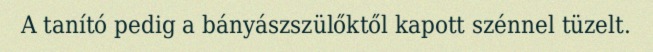
A tanító pedig a bányászszülőktől kapott szénnel tüzelt.